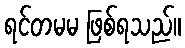
ရင်တမမ ဖြစ်ရသည်။